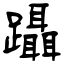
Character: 躡